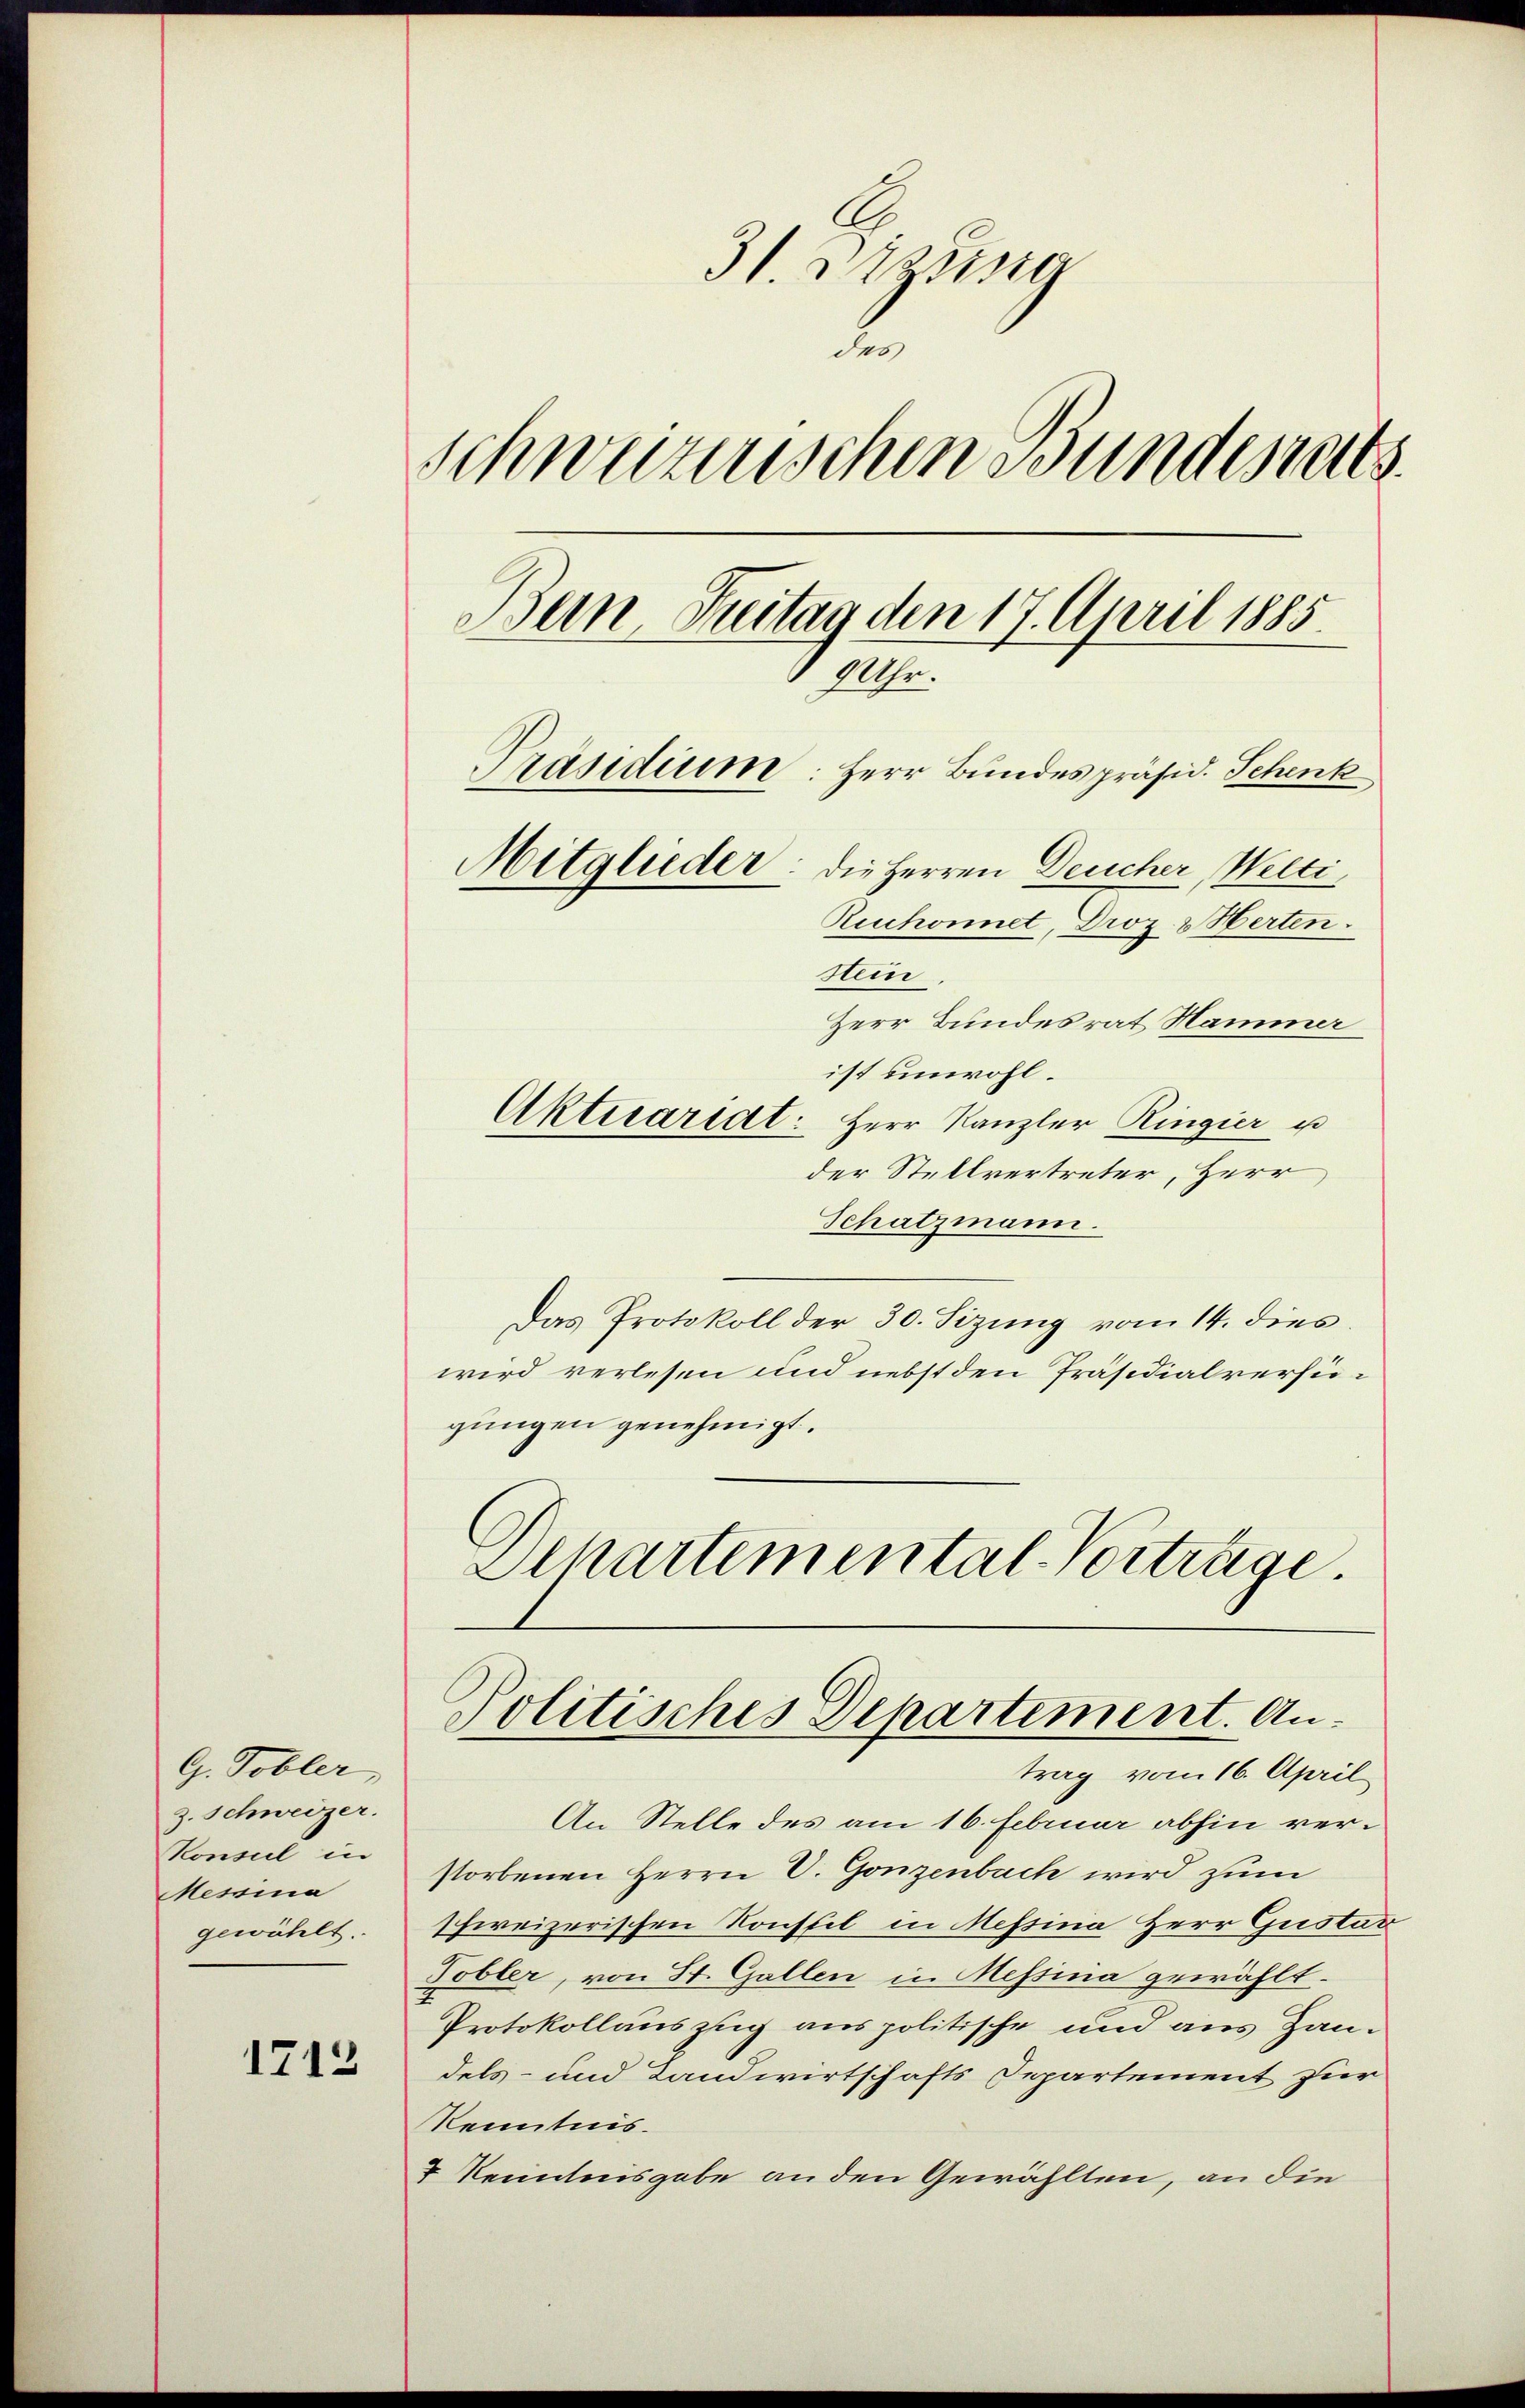
G. Tobler,
z. Schweizer.
Konseil in
Messina
gewählt.

1712

31. Dazu g
.
schweizerischen Bundesrats.
Bern Freitag den 17. April 1885.
9 Uhr.
Präsidium: Herr Bundespräsid. Schenk
Mitglieder: die Herren Deucher, Welti,
Ruchonnet, Droz. & Herten.
Stein
Herr Bundesrat Hammer
ist unwohl.
Aktuariat: Herr Kanzler Ringier u

der Stellvertreter, Herr,
Schatzmann.
Das Protokoll der 30. Sizŭng vom 14. dies
wird verlesen und nebst den Präsidialverfügungen genehmigt.
Alhartemental-Vortetige.

Politisches Departement. Antrag vom 16. April

An Stelle des am 16. Februar abhin verstorbenen Herrn V. Gonzenbach wird zum
schweizerischen Konstil in Messina Herr Gustav
Tobler, von St. Gallen in Messina gewählt.
Protokollauszug aus politische und aus Handels- und Landwirtschafts Departement für
Kenntnis.
 Kenntnisgabe an den Gewählten, an die